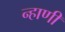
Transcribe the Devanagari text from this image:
न्हाणी